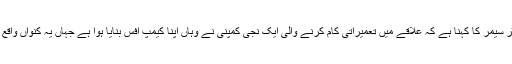
ڈاکٹر سیمر کا کہنا ہے کہ علاقے میں تعمیراتی کام کرنے والی ایک نجی کمپنی نے وہاں اپنا کیمپ آفس بنایا ہوا ہے جہاں یہ کنواں واقع ہے۔